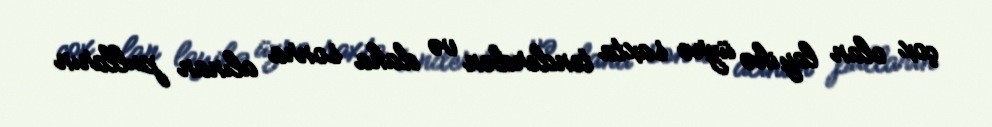
çox olan layihə üzrə saxta tenderdən və daha sonra alınan pulların